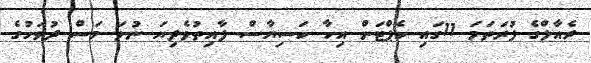
ރެއާލްގެ ފުރަތަމަ 11ގައި ކެޕްޓަން އިކާ ކަސިޔާސް ފާއިތުވެދިޔަ ނުވަ މަސް ދުވަހުގެ